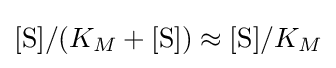
[{\ce {S}}]/(K_{M}+[{\ce {S}}])\approx [{\ce {S}}]/K_{M}